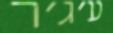
ע'ג'ר